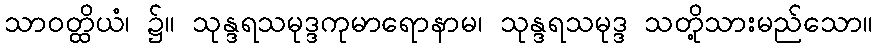
သာဝတ္ထိယံ၊ ၌။ သုန္ဒရသမုဒ္ဒကုမာရောနာမ၊ သုန္ဒရသမုဒ္ဒ သတို့သားမည်သော။